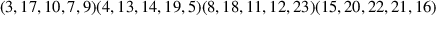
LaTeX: ( 3 , 1 7 , 1 0 , 7 , 9 ) ( 4 , 1 3 , 1 4 , 1 9 , 5 ) ( 8 , 1 8 , 1 1 , 1 2 , 2 3 ) ( 1 5 , 2 0 , 2 2 , 2 1 , 1 6 )